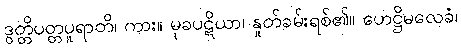
ဒွတ္တိပတ္တပူရာတိ၊ ကား။ မုခပဋိယာ၊ နှုတ်ခမ်းရစ်၏။ ဟေဋ္ဌိမလေခံ၊